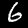
Digit: 6